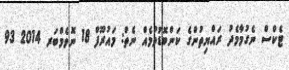
ޓެކްސް ނެގުމާމެދު ރައްޔިތުންގެ ކަންބޮޑުވުމެއް ނެތް: މައުރޫފް 18 ނޮވެމްބަރ 2014 93